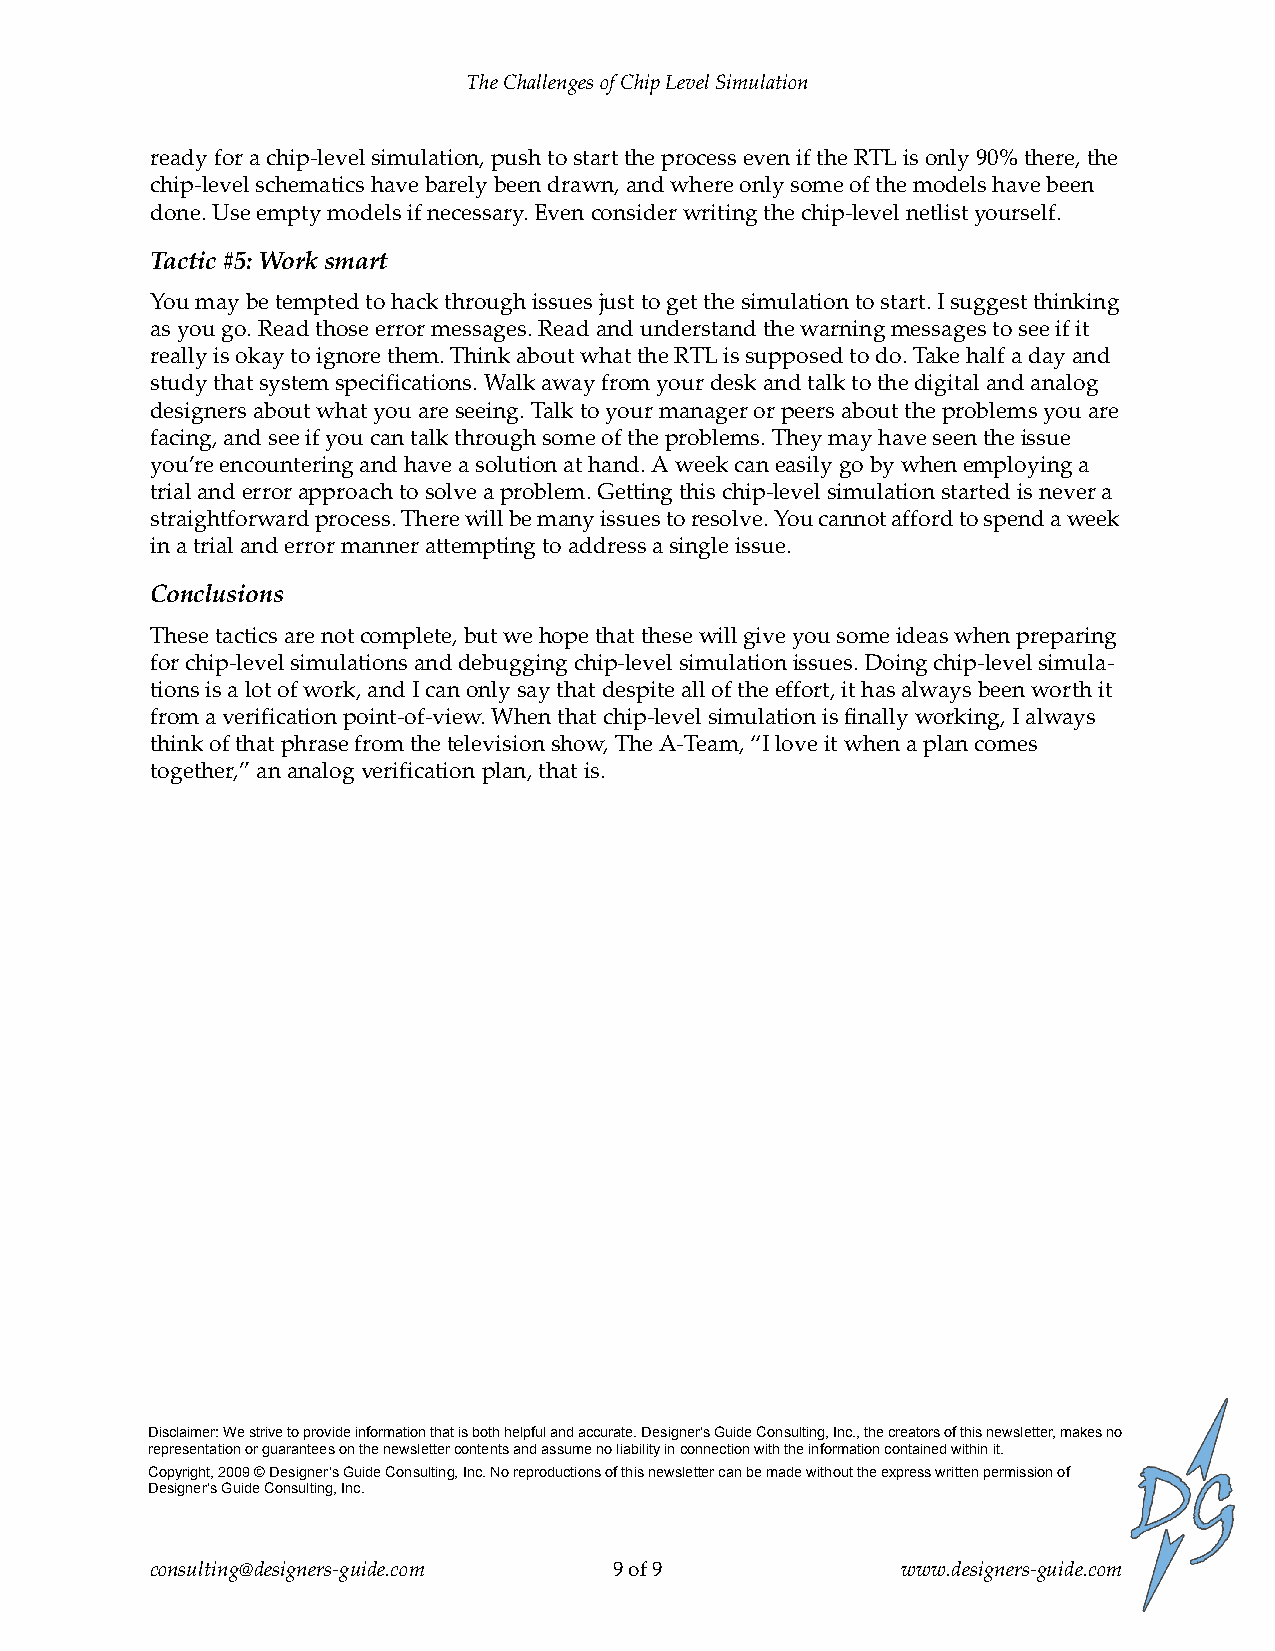
The Challenges of Chip Level Simulation
 ready for a chip‐level simulation, push to start the process even if the RTL is only 90% there, the
 chip‐level schematics have barely been drawn, and where only some of the models have been
 done. Use empty models if necessary. Even consider writing the chip‐level netlist yourself.
 Tactic #5: Work smart
 You may be tempted to hack through issues just to get the simulation to start. I suggest thinking
 as you go. Read those error messages. Read and understand the warning messages to see if it
 really is okay to ignore them. Think about what the RTL is supposed to do. Take half a day and
 study that system specifications. Walk away from your desk and talk to the digital and analog
 designers about what you are seeing. Talk to your manager or peers about the problems you are
 facing, and see if you can talk through some of the problems. They may have seen the issue
 you’re encountering and have a solution at hand. A week can easily go by when employing a
 trial and error approach to solve a problem. Getting this chip‐level simulation started is never a
 straightforward process. There will be many issues to resolve. You cannot afford to spend a week
 in a trial and error manner attempting to address a single issue.
 Conclusions
 These tactics are not complete, but we hope that these will give you some ideas when preparing
 for chip‐level simulations and debugging chip‐level simulation issues. Doing chip‐level simula‐
 tions is a lot of work, and I can only say that despite all of the effort, it has always been worth it
 from a verification point‐of‐view. When that chip‐level simulation is finally working, I always
 think of that phrase from the television show, The A‐Team, “I love it when a plan comes
 together,” an analog verification plan, that is.
 Disclaimer: We strive to provide information that is both helpful and accurate. Designer’s Guide Consulting, Inc., the creators of this newsletter, makes no
 representation or guarantees on the newsletter contents and assume no liability in connection with the information contained within it.
 Copyright, 2009 © Designer’s Guide Consulting, Inc. No reproductions of this newsletter can be made without the express written permission of
 Designer’s Guide Consulting, Inc.
 consulting@designers‐guide.com 9 of 9             www.designers‐guide.com